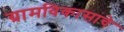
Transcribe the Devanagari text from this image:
ग्रामविकासाचे